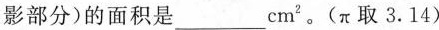
影部分)的面积是___cm^{2} 。(π取3.14)